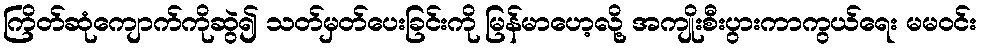
ကြိတ်ဆုံကျောက်ကိုဆွဲ၍ သတ်မှတ်ပေးခြင်းကို မြန်မာဟေ့လို့ အကျိုးစီးပွားကာကွယ်ရေး မမဝင်း